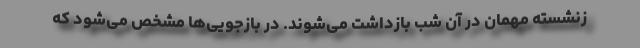
زنشسته مهمان در آن شب بازداشت می‌شوند. در بازجویی‌ها مشخص می‌شود که